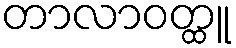
တာလာဝတ္ထူ